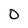
Character: 0